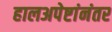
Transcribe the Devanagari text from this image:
हालअपेष्टांनंतर